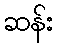
ဆန်း